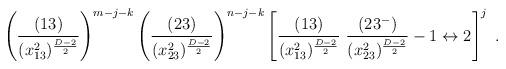
LaTeX: \begin{align*} \left(\frac{(13)}{(x^2_{13})^{\frac{D-2}{2}}} \right)^{m-j-k} \left(\frac{(23)}{(x^2_{23})^{\frac{D-2}{2}}} \right)^{n-j-k} \left[\frac{(13)}{(x^2_{13})^{\frac{D-2}{2}}}\ \frac{(23^-)}{(x^2_{23})^{\frac{D-2}{2}}} - 1 \leftrightarrow 2 \right]^j \ .\end{align*}